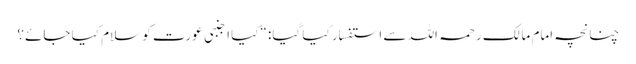
چنانچہ امام مالک رحمہ اللہ سے استفسار کیا گیا: “کیا اجنبی عورت کو سلام کیا جائے؟